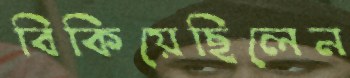
বিকিয়েছিলেন